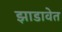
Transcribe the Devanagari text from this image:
झाडावेत